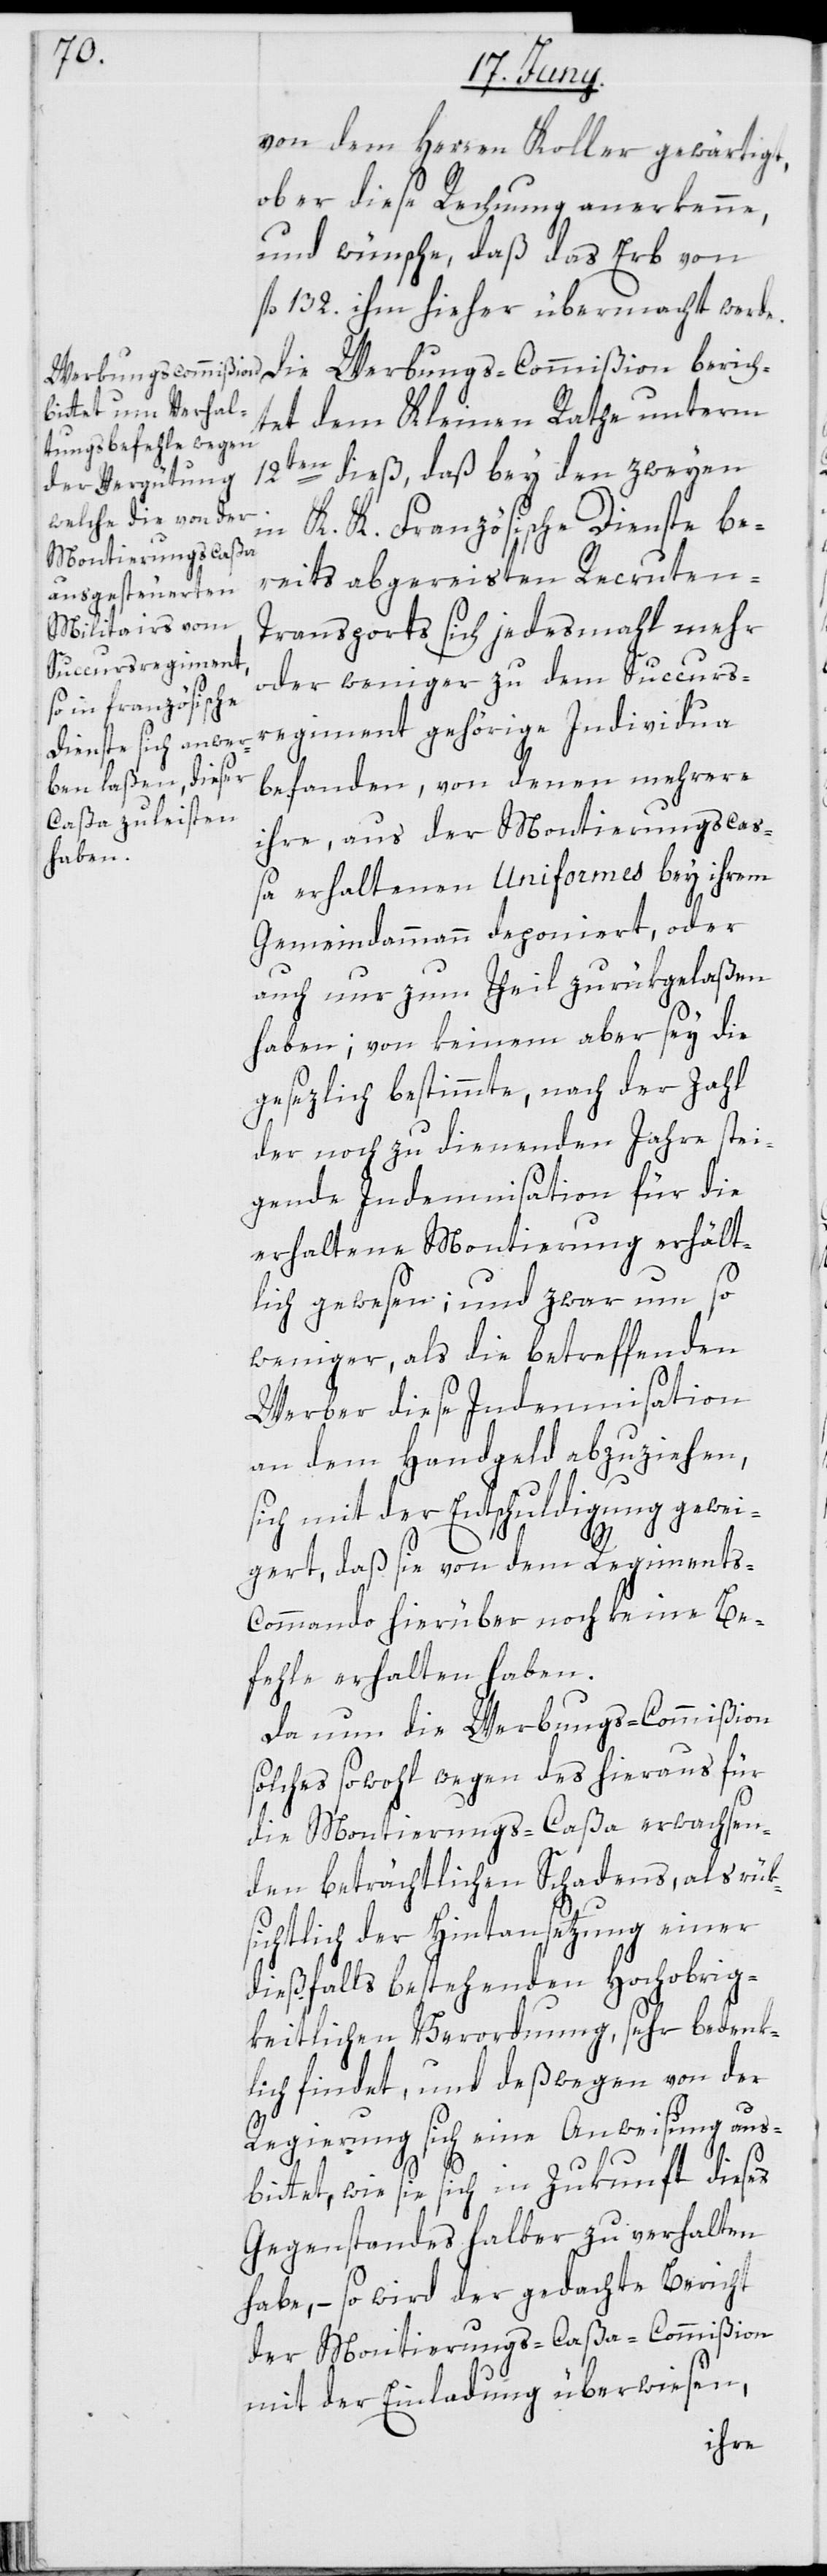
von dem Herren Koller gewärtigt,
ob er diese Rechnung anerkenne,
und wünsche, daß das Erb von
fl. 132. ihm hieher übermacht werde.
tet dem Kleinen Rathe unterm
12ten dieß, daß bey den zweyen
K. K. Französische Dienste be¬
in
reits abgereisten Recruten-T¬
ransports sich jedesmahl mehr
oder weniger zu dem Succurs¬
regiment gehörige Individua
befanden, von denen mehrere
ihre, aus der Montierungscaß¬
a erhaltenen Uniformes bey ihrem
Gemeindammann deponiert, oder
auch nur zum Theil zurükgelaßen
haben; von keinem aber sey die
gesezlich bestimmte, nach der Zahl
der noch zu dienenden Jahre stei¬
gende Indemnisation für die
erhaltene Montierung erhält¬
lich gewesen; und zwar um so
weniger, als die betreffenden
Werber diese Indemnisation
an dem Handgeld abzuziehen,
sich mit der Entschuldigung gewei¬
gert, daß sie von dem Regiment¬
s-Commando hierüber noch keine Be¬
fehle erhalten haben.
Da nun die Werbungs-Commißion
solches sowohl wegen des hieraus für
die Montierungs-Caßa erwachsen¬
den beträchtlichen Schadens, als rük¬
sichtlich der Hintansetzung einer
dießfalls bestehenden Hochobrig¬
keitlichen Verordnung, sehr bedenk¬
lich findet, und deßwegen von der
Regierung sich eine Anweisung aus¬
bittet, wie sie sich in Zukunft dieses
Gegenstandes halber zu verhalten
habe, – so wird der gedachte Bericht
der Montierungs-Caßa-Commißion
mit der Einladung überwiesen,